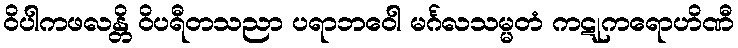
ဝိပါကဖလန္တိ ဝိပရီတသညာ ပရာဘဝေါ မင်္ဂလသမ္မတံ ကဋုကရောဟိဏီ